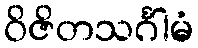
ဝိဇိတသင်္ဂါမံ